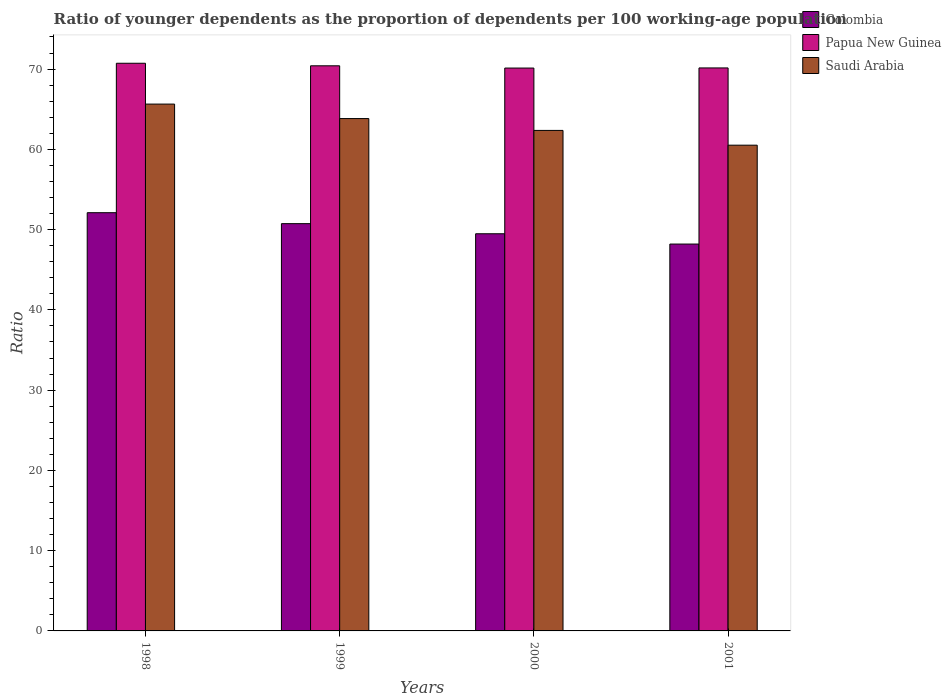
| Years | Colombia | Papua New Guinea | Saudi Arabia |
 | --- | --- | --- | --- |
 | 1998 | 52.1 | 70.7 | 65.6 |
 | 1999 | 50.7 | 70.4 | 63.8 |
 | 2000 | 49.5 | 70.1 | 62.4 |
 | 2001 | 48.2 | 70.1 | 60.5 |